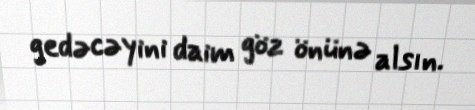
gedəcəyini daim göz önünə alsın.